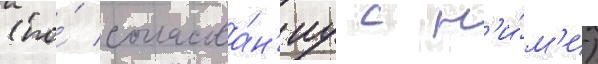
(по́ согласова́н'иу с н'и́м'и)